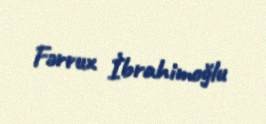
Fərrux İbrahimoğlu